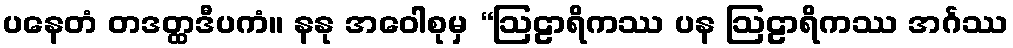
ပနေတံ တဒတ္ထဒီပကံ။ နနု အဝေါစုမှ “ဩဠာရိကဿ ပန ဩဠာရိကဿ အင်္ဂဿ